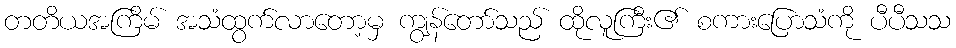
တတိယအကြိမ် အသံထွက်လာတော့မှ ကျွန်တော်သည် ထိုလူကြီး၏ စကားပြောသံကို ပီပီသသ